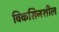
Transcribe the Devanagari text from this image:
विकसिनशील